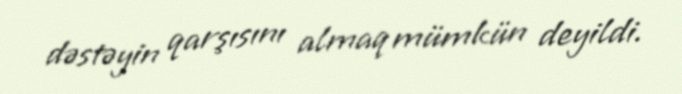
dəstəyin qarşısını almaq mümkün deyildi.